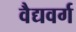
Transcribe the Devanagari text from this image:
वैद्यवर्ग